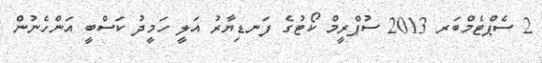
2 ސެޕްޓެމްބަރ 2013 ސުޕްރީމް ކޯޓުގެ ފަނޑިޔާރު އަލީ ހަމީދު ކަސްބީ އަންހެނުން